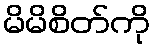
မိမိစိတ်ကို